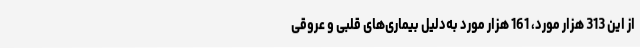
از این 313 هزار مورد، 161 هزار مورد به‌دلیل بیماری‌های قلبی و عروقی